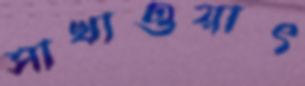
সাখাওয়াৎ